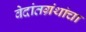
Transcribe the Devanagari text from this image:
वेदांतग्रंथांचा